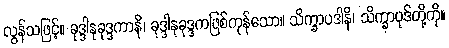
လွန်သဖြင့်။ ခုဒ္ဒါနုခုဒ္ဒကာနိ၊ ခုဒ္ဒါနုခုဒ္ဒကဖြစ်ကုန်သော။ သိက္ခာပဒါနိ၊ သိက္ခာပုဒ်တို့ကို။